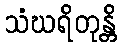
သံဃရိတုန္တိ